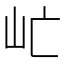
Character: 𡵀